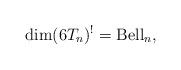
LaTeX: \begin{gather*}\dim (6T_n)^{!}={\rm Bell}_n,\end{gather*}